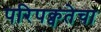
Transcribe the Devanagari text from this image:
परिपक्वतेचा